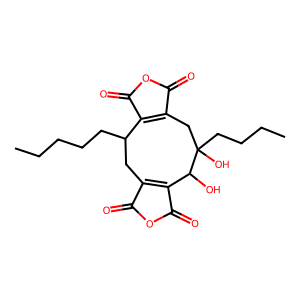
SMILES: CCCCCC1CC2=C(C(=O)OC2=O)C(O)C(O)(CCCC)CC2=C1C(=O)OC2=O
Inhibits HIV replication: No